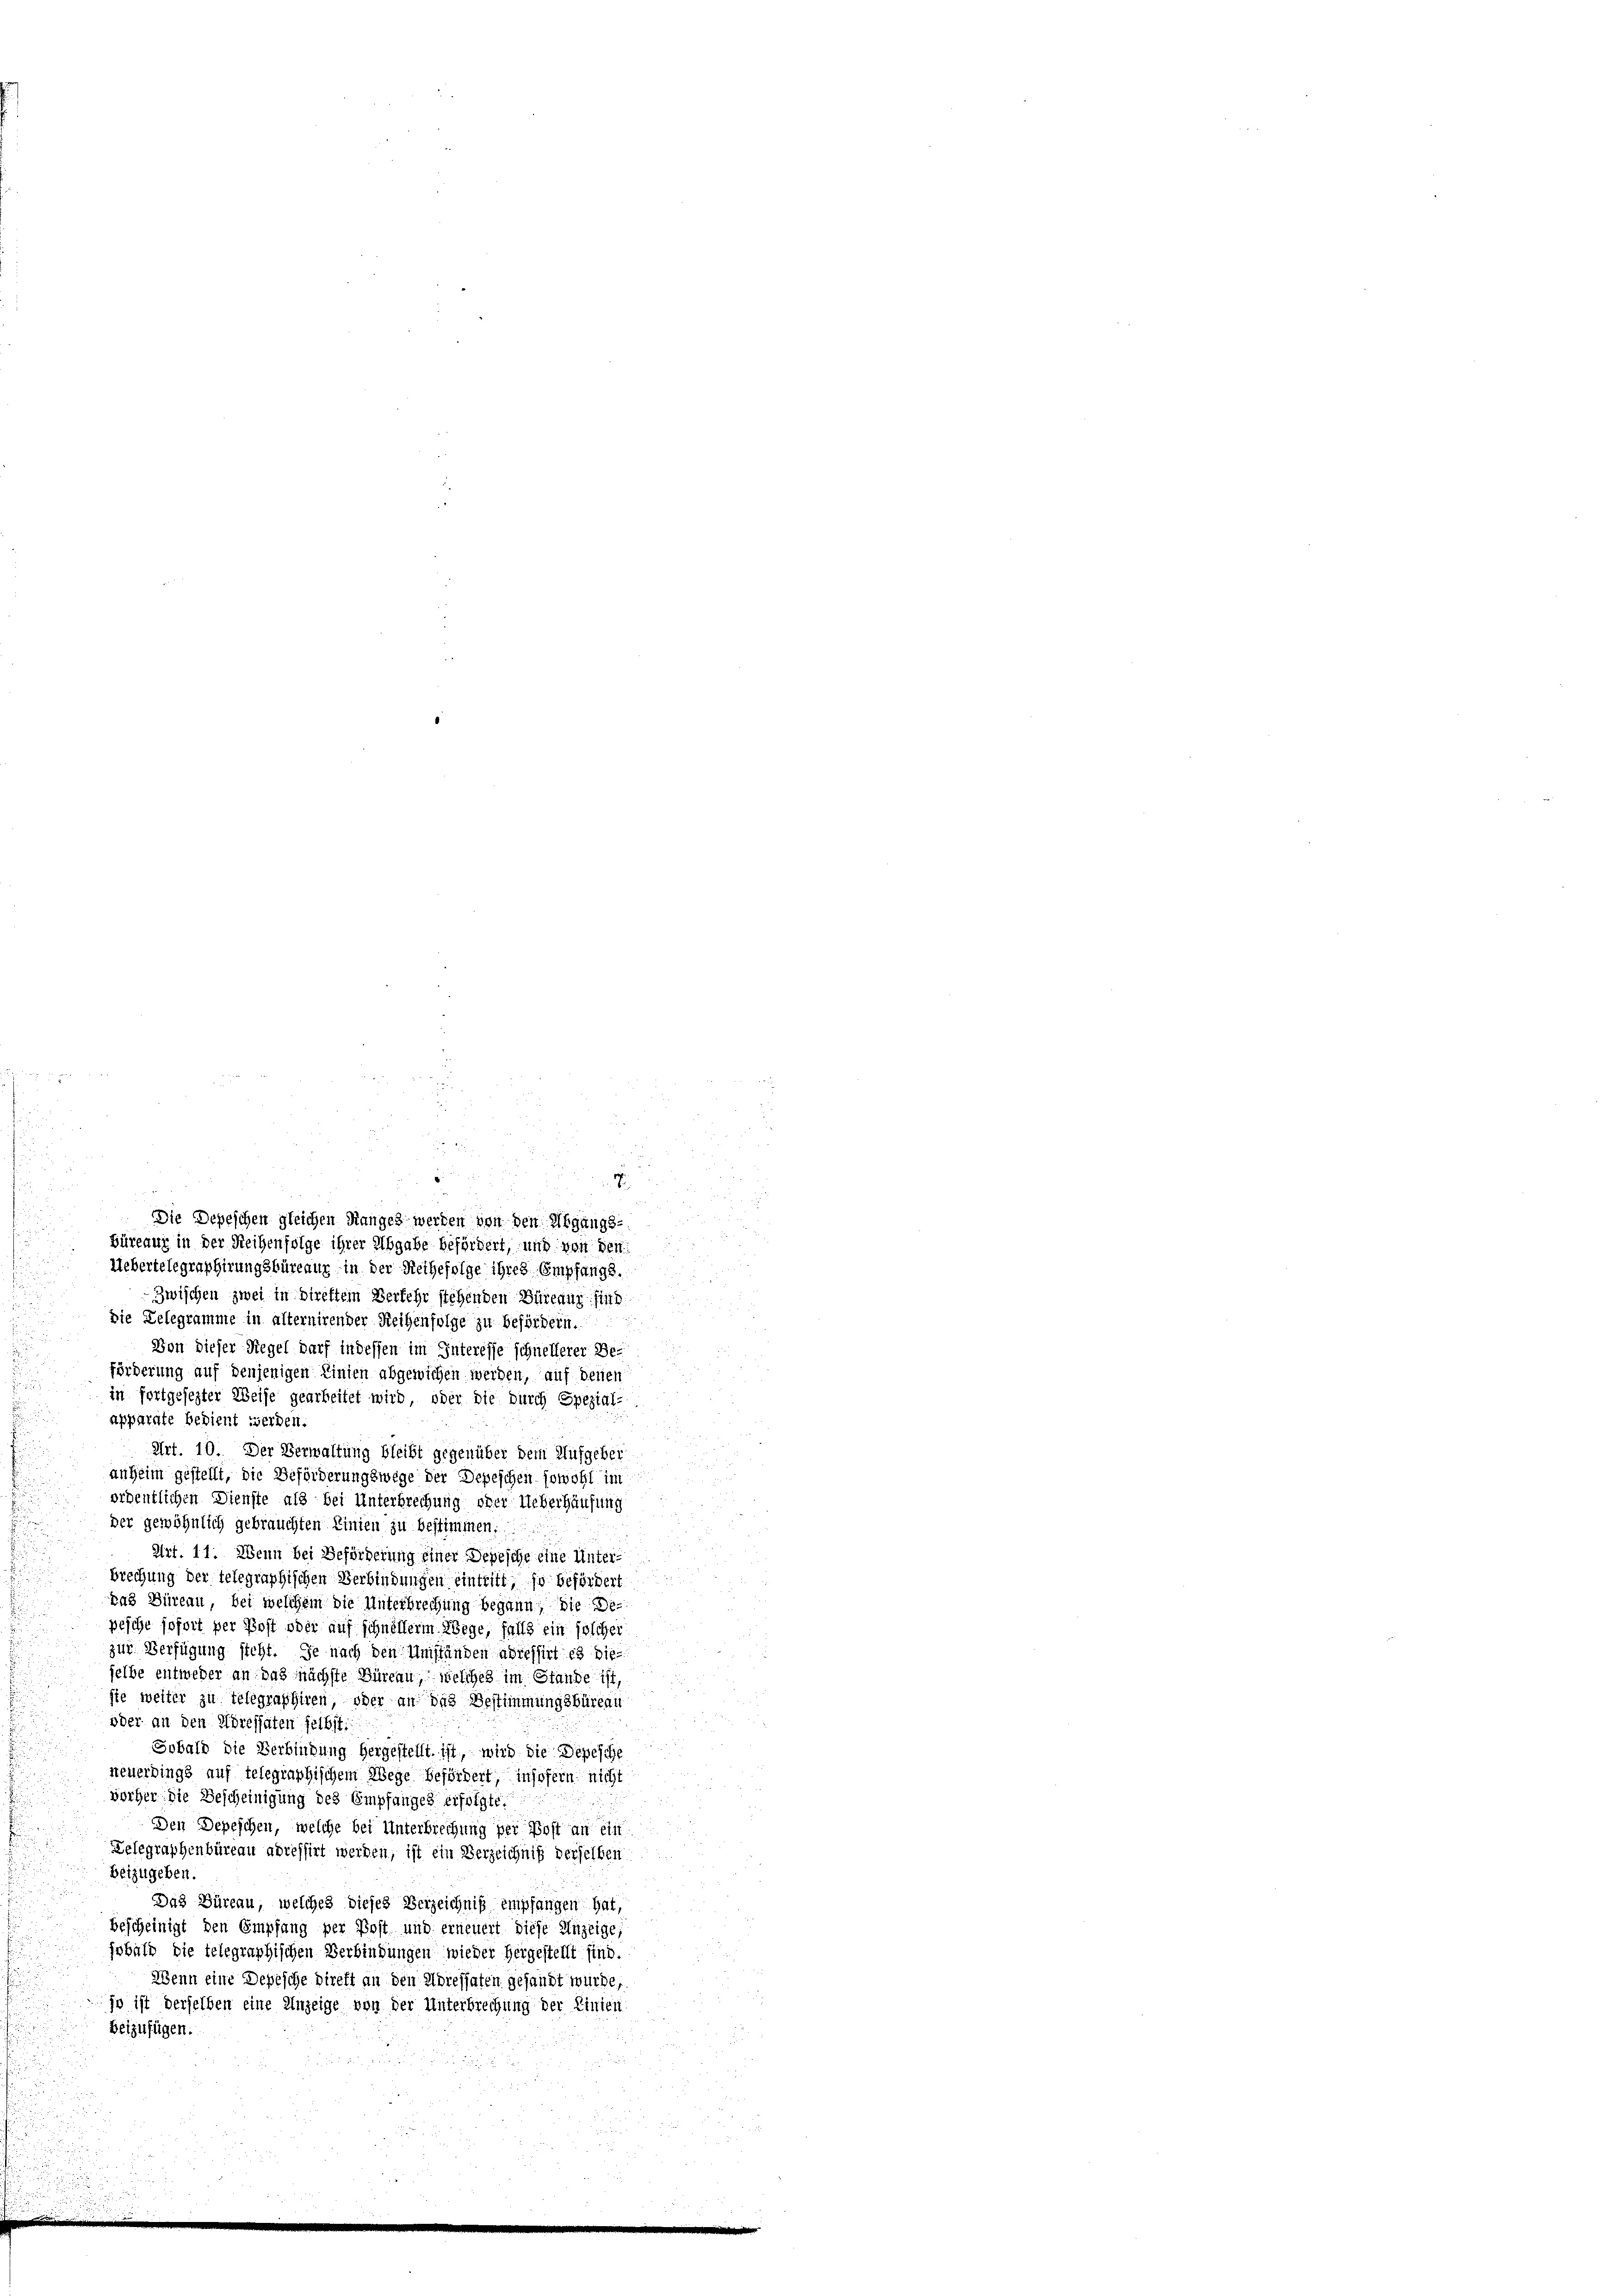
2
2 x 2
Die Depeschen gleichen Ranges werden von den Abgangs-
büreaux in der Reihenfolge ihrer Abgabe befördert, und von den
Uebertelegraphirungsbüreaux in der Reihefolge ihres Empfangs.
zwischen zwei in direftem Verkehr stehenden Büreau find
Die Telegramme in alternirender Reihenfolge zu befördern.
Von dieser Regel darf indessen im Interesse schnellerer Be-
förderung auf denjenigen Linien abgewichen werden, auf denen
in fortgesezter Weise gearbeitet wird, oder die durch Spezial-
apparate bedient werden.
Art. 10. Der Verwaltung bleibt gegenüber dem Aufgeber
anheim gestellt, die Beförderungswege der Depeschen, sowohl im
ordentlichen Dienste als bei Unterbrechung oder Ueberhausung
der gewöhnlich gebrauchten Linien zu bestimmen.
Art. 11. Wenn bei Beförderung einer Depesche eine Unter-
Brechung der telegraphischen Verbindungen eintritt, so befördert
das Büreau, bei welchem die Unterbrechung begann, die Bepesche sofort per Post oder auf schnellerm Wege, falls ein solcher
zur Verfügung steht. Je nach den Umständen adressirt es die
selbe entweder an das nächste Büreau, welches im Stande ist,
sie weiter zu telegraphiren, oder an das Bestimmungsbüreau
oder an den Höressaten selbst:
Sobald die Verbindung hergestellt, ist, wird die Depesche
steuerdings auf telegraphischem Wege befördert, insofern nicht
vorher. Die Bescheinigung des Empfanges erfolgte.
Den Depeschen, welche bei Unterbrechung per Post an ein
Belegraphenbüreau adressirt werden, ist ein Verzeichniß derselben
Beizugeben.
Das Büreau, welches dieses Verzeichnis empfangen hat,
bescheinigt den Empfang per Post und erneuert diese Anzeige,
sobald die telegraphischen Verbindungen wieder hergestellt sind.
Wenn eine Depesche Direkt an den Adressaten gesandt wurde,
jo ist derselben eine Anzeige von der Unterbrechung der Linien
beizufügen.

.
D

i